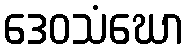
ဒေဝသံဃော